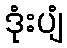
ဒုံးပျံ